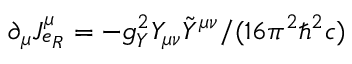
\partial _ { \mu } J _ { e _ { R } } ^ { \mu } = - g _ { Y } ^ { 2 } Y _ { \mu \nu } \tilde { Y } ^ { \mu \nu } / ( 1 6 \pi ^ { 2 } \hbar ^ { 2 } c )